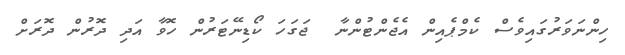
ހިންނަވަރުގައިވެސް ކެމްޕެއިން އެޖެންޓުންނާ  ޖަގަހަ ކޯޑިނޭޓަރުން ހޮވާ އަދި ދޮރުން ދޮރަށް